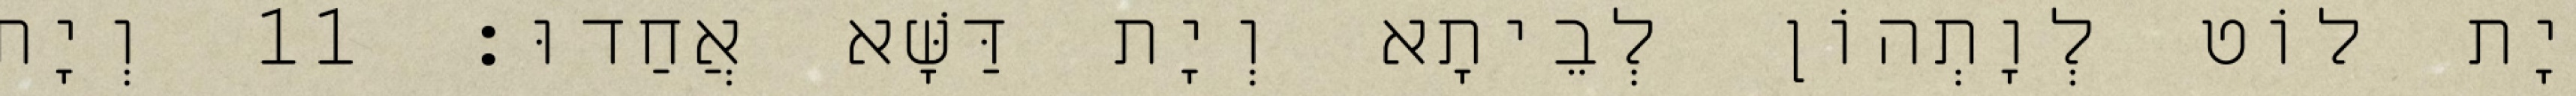
יָת לוֹט לְוָתְהוֹן לְבֵיתָא וְיָת דַּשָּׁא אֲחַדוּ׃ 11 וְיָת